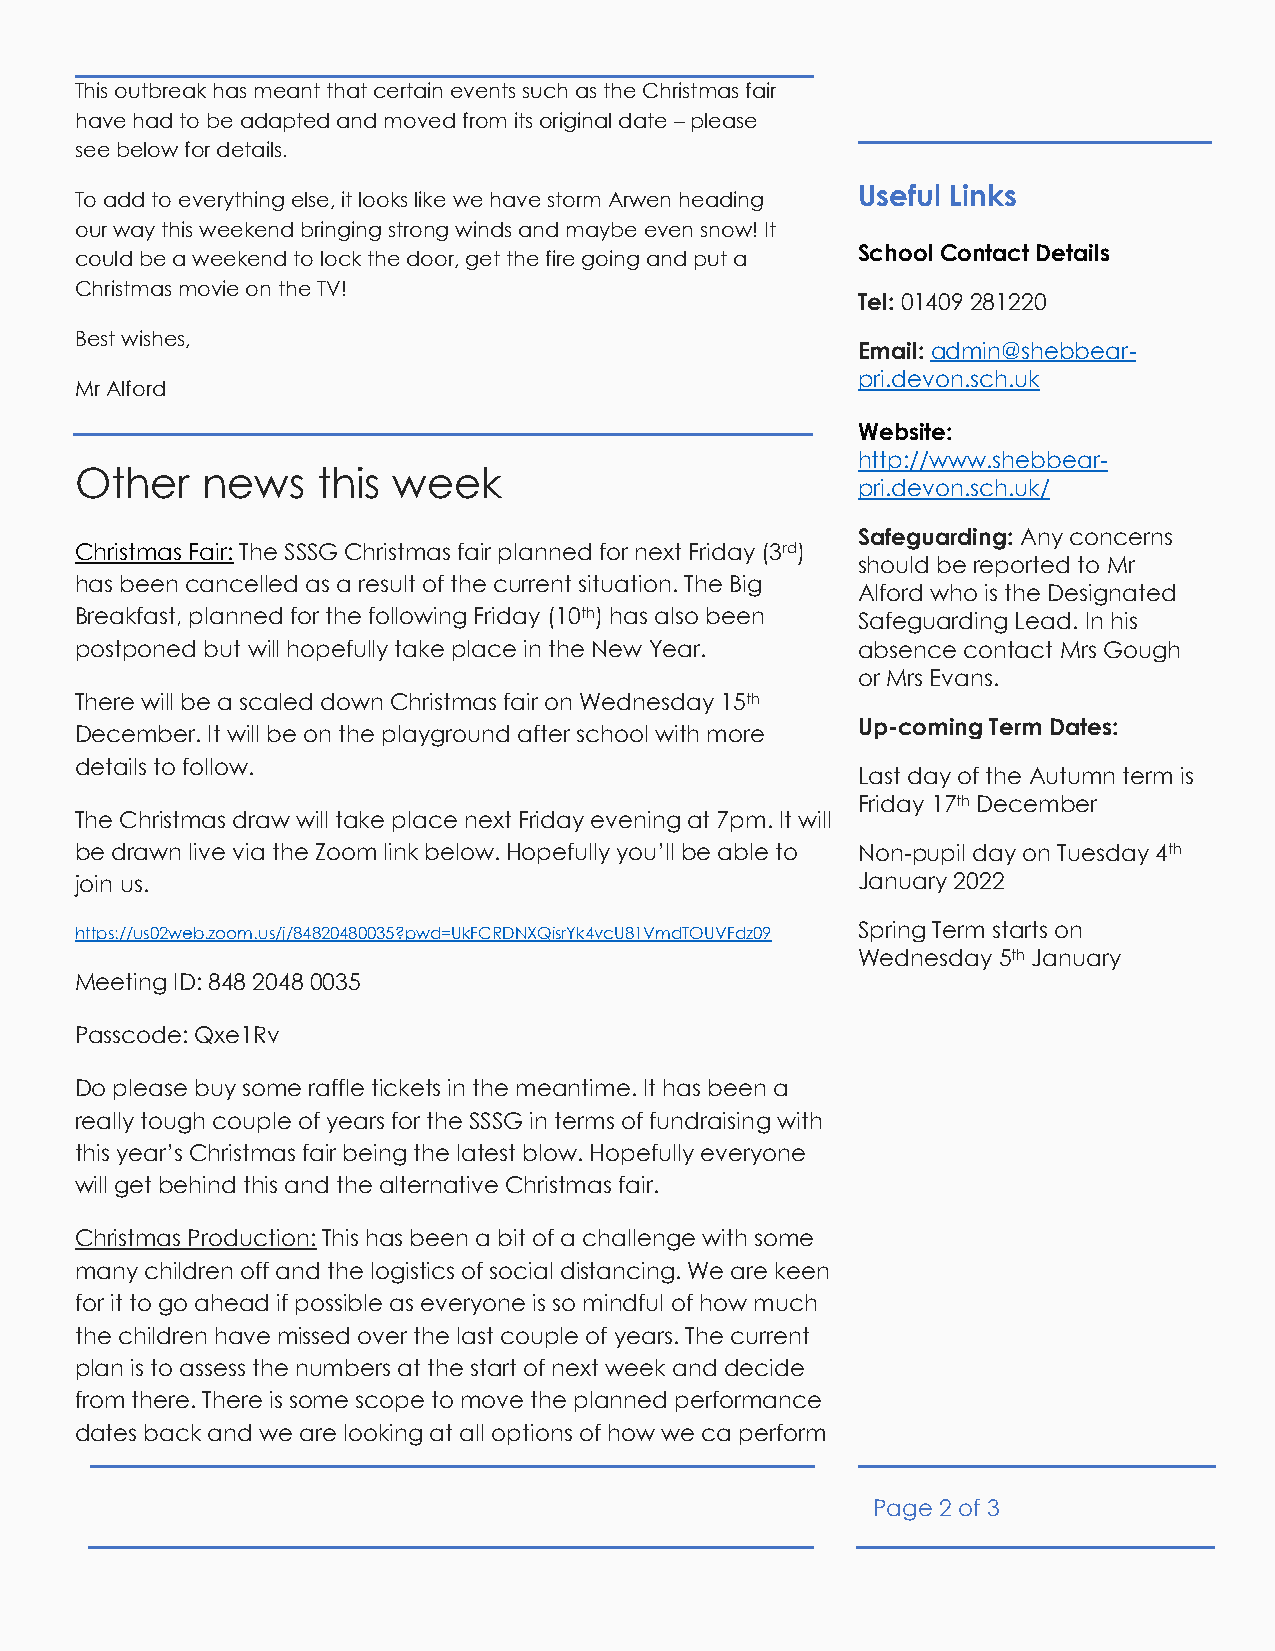
This outbreak has meant that certain events such as the Christmas fair
 have had to be adapted and moved from its original date – please
 see below for details.
 Useful Links
 To add to everything else, it looks like we have storm Arwen heading
 our way this weekend bringing strong winds and maybe even snow! It
 School Contact Details
 could be a weekend to lock the door, get the fire going and put a
 Christmas movie on the TV!
 Tel: 01409 281220
 Best wishes,
 Email: admin@shebbear-
 pri.devon.sch.uk
 Mr Alford
 Website:
 http://www.shebbear-
 Other   news    this week
 pri.devon.sch.uk/
 Safeguarding: Any concerns
 Christmas Fair: The SSSG Christmas fair planned for next Friday (3rd)
 should be reported to Mr
 has been cancelled as a result of the current situation. The Big
 Alford who is the Designated
 Breakfast, planned for the following Friday (10th) has also been Safeguarding Lead. In his
 postponed but will hopefully take place in the New Year. absence contact Mrs Gough
 or Mrs Evans.
 There will be a scaled down Christmas fair on Wednesday 15th
 Up-coming Term Dates:
 December. It will be on the playground after school with more
 details to follow.
 Last day of the Autumn term is
 Friday 17th December
 The Christmas draw will take place next Friday evening at 7pm. It will
 be drawn live via the Zoom link below. Hopefully you’ll be able to Non-pupil day on Tuesday 4th
 join us.                                            January 2022
 Spring Term starts on
 https://us02web.zoom.us/j/84820480035?pwd=UkFCRDNXQisrYk4vcU81VmdTOUVFdz09
 Wednesday 5th January
 Meeting ID: 848 2048 0035
 Passcode: Qxe1Rv
 Do please buy some raffle tickets in the meantime. It has been a
 really tough couple of years for the SSSG in terms of fundraising with
 this year’s Christmas fair being the latest blow. Hopefully everyone
 will get behind this and the alternative Christmas fair.
 Christmas Production: This has been a bit of a challenge with some
 many children off and the logistics of social distancing. We are keen
 for it to go ahead if possible as everyone is so mindful of how much
 the children have missed over the last couple of years. The current
 plan is to assess the numbers at the start of next week and decide
 from there. There is some scope to move the planned performance
 dates back and we are looking at all options of how we ca perform
 Page 2 of 3